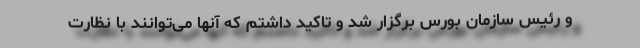
و رئیس سازمان بورس برگزار شد و تاکید داشتم که آنها می‌توانند با نظارت